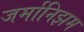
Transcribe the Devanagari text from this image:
जर्मानिझम